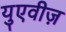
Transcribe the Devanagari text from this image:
युएवीज़